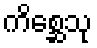
ကိစ္ဆေသု